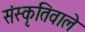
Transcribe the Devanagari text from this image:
संस्कृतिवाले